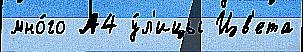
мно́го А4 у́л'ицы Цв'ета